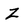
Character: Z